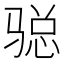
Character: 𩨂